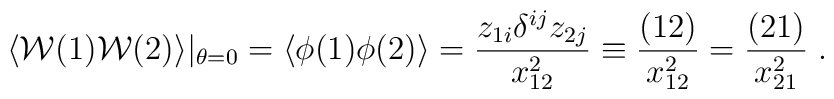
\langle {\cal W} (1){\cal W} (2) \rangle|_{\theta=0} =\langle \phi(1)\phi(2) \rangle = \frac{z_{1i} \delta^{ij} z_{2j}}{x^2_{12}} \equiv \frac{(12)}{x^2_{12}} = \frac{(21)}{x^2_{21}}\;.